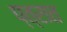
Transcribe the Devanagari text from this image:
प्त्रात